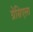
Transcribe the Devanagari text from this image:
ग्रेसिएला